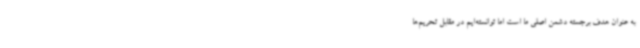
به عنوان هدف برجسته دشمن اصلی ما است اما توانسته‌ایم در مقابل تحریم‌ها